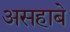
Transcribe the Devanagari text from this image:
असहाबे